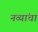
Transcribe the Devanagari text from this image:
नव्यांचा